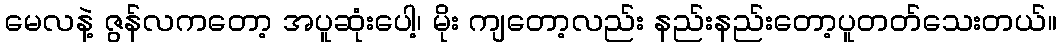
မေလနဲ့ ဇွန်လကတော့ အပူဆုံးပေါ့၊ မိုး ကျတော့လည်း နည်းနည်းတော့ပူတတ်သေးတယ်။